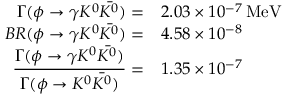
\begin{array} { r l } { { \Gamma ( \phi \rightarrow \gamma K ^ { 0 } \bar { K ^ { 0 } } ) = } } & { { 2 . 0 3 \times 1 0 ^ { - 7 } \, \mathrm { M e V } } } \\ { { B R ( \phi \rightarrow \gamma K ^ { 0 } \bar { K ^ { 0 } } ) = } } & { { 4 . 5 8 \times 1 0 ^ { - 8 } } } \\ { { \displaystyle \frac { \Gamma ( \phi \rightarrow \gamma K ^ { 0 } \bar { K ^ { 0 } } ) } { \Gamma ( \phi \rightarrow K ^ { 0 } \bar { K ^ { 0 } } ) } = } } & { { 1 . 3 5 \times 1 0 ^ { - 7 } } } \end{array}